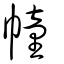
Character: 幢